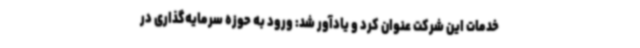
خدمات این شرکت عنوان کرد و یادآور شد: ورود به حوزه سرمایه‌گذاری در